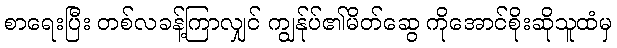
စာရေးပြီး တစ်လခန့်ကြာလျှင် ကျွန်ုပ်၏မိတ်ဆွေ ကိုအောင်စိုးဆိုသူထံမှ